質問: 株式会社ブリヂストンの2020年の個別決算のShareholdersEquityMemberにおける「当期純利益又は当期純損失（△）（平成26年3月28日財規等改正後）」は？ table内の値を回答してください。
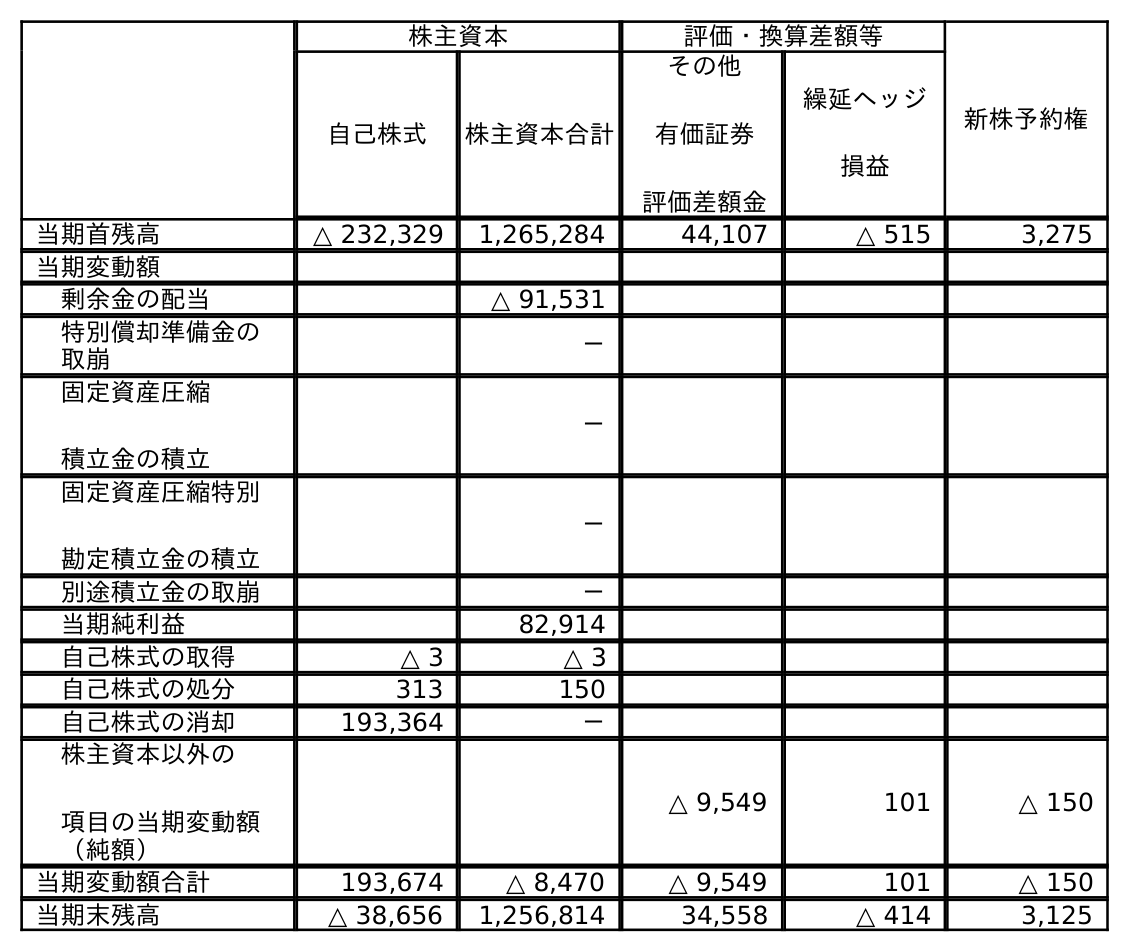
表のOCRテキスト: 株主資本 評価・換算差額等 新株予約権 自己株式 株主資本合計 その他 有価証券 評価差額金 繰延ヘッジ 損益 当期首残高 △ 232,329 1,265,284 44,107 △ 515 3,275 当期変動額 剰余金の配当 △ 91,531 特別償却準備金の 取崩 － 固定資産圧縮 積立金の積立 － 固定資産圧縮特別 勘定積立金の積立 － 別途積立金の取崩 － 当期純利益 82,914 自己株式の取得 △ 3 △ 3 自己株式の処分 313 150 自己株式の消却 193,364 － 株主資本以外の 項目の当期変動額 （純額） △ 9,549 101 △ 150 当期変動額合計 193,674 △ 8,470 △ 9,549 101 △ 150 当期末残高 △ 38,656 1,256,814 34,558 △ 414 3,125
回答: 82,914